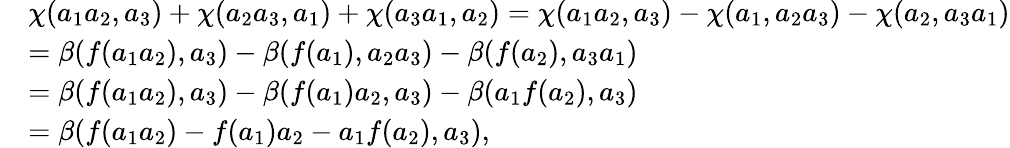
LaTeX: \begin{array}{rl}&{\chi(a_{1}a_{2},a_{3})+\chi(a_{2}a_{3},a_{1})+\chi(a_{3}a_{1},a_{2})=\chi(a_{1}a_{2},a_{3})-\chi(a_{1},a_{2}a_{3})-\chi(a_{2},a_{3}a_{1})}\\ &{=\beta(f(a_{1}a_{2}),a_{3})-\beta(f(a_{1}),a_{2}a_{3})-\beta(f(a_{2}),a_{3}a_{1})}\\ &{=\beta(f(a_{1}a_{2}),a_{3})-\beta(f(a_{1})a_{2},a_{3})-\beta(a_{1}f(a_{2}),a_{3})}\\ &{=\beta(f(a_{1}a_{2})-f(a_{1})a_{2}-a_{1}f(a_{2}),a_{3}),}\end{array}